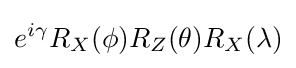
e^{i\gamma }R_{X}(\phi )R_{Z}(\theta )R_{X}(\lambda )